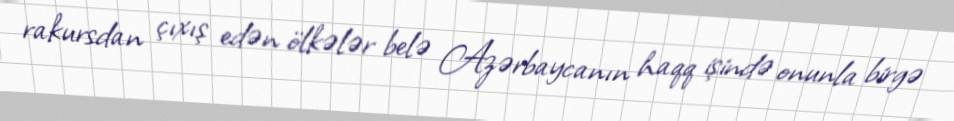
rakursdan çıxış edən ölkələr belə Azərbaycanın haqq işində onunla birgə